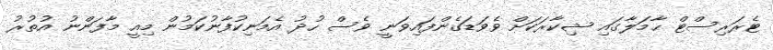
ޓެރަރިސްޓް ޙާމަލާގައި ޝިކާރަކަށް ވެވަޑަގެންފައިވަނީ ވެސް ހުދު އެމަނިކުފާނުކަމުން މިއީ މާފަންނު އުތުރު